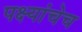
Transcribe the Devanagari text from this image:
पक्ष्यांचेच